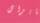
مايزال